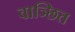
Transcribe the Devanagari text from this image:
वाञ्छित